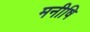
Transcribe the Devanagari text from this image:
मनीषि